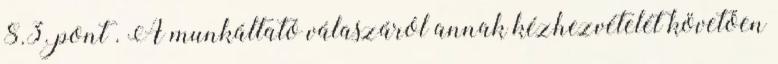
8.3. pont . A munkáltató válaszáról annak kézhezvételét követően